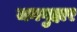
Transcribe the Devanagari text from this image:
जनगुहार